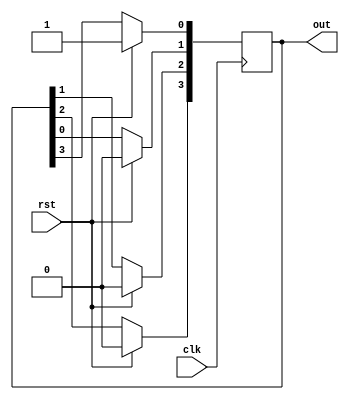
`timescale 1ns / 1ps

module rc(clk, rst, out);
input clk, rst;
output [3:0] out;
reg [3:0] out;

initial out = 4'b0001;

always @(posedge clk) begin
    if(rst == 1'b1) out = 4'b0001;
    else begin
    out[3] <= out[2];
    out[2] <= out[1];    
    out[1] <= out[0];
    out[0] <= out[3];
    end
end

endmodule